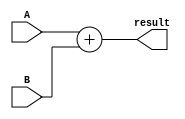
module Adder(A,B,result);
    input[31:0] A,B;
    output reg [31:0] result;
    always@(A,B)begin
        result = A + B;
    end
endmodule